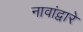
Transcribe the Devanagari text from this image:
नावांद्वारे